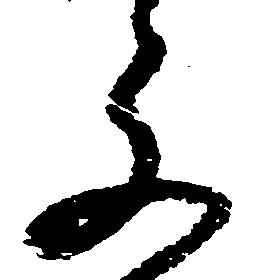
文